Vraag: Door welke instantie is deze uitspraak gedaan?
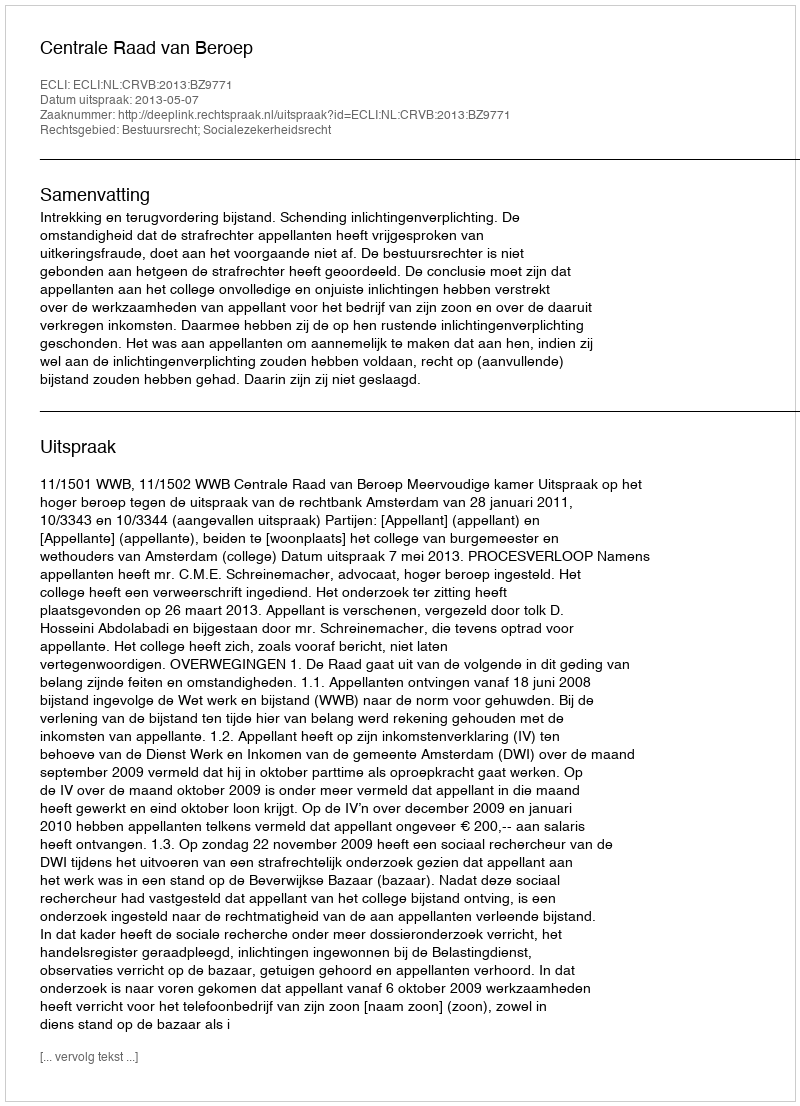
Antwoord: Centrale Raad van Beroep